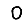
Digit: 0